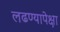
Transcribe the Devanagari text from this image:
लढण्यापेक्षा